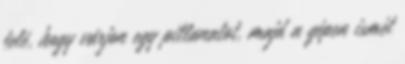
felé, hogy várjon egy pillanatot, majd a gépen ismét